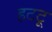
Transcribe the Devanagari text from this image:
हटटू